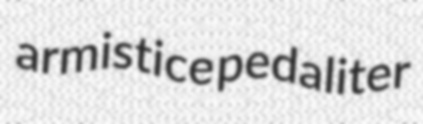
armistice pedaliter